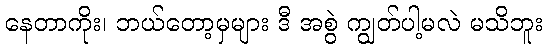
နေတာကိုး၊ ဘယ်တော့မှများ ဒီ အစွဲ ကျွတ်ပါ့မလဲ မသိဘူး